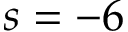
s = - 6